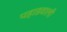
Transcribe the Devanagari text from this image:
पहाडवाली